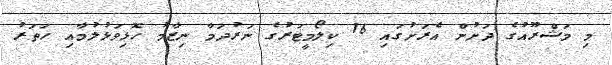
މި މަޝްރޫއުގެ ދަށުން އެރަށުގައި 16 ކިލޯމީޓަރުގެ ނަރުދަމާ ނިޒާމު ހޮޅިވަޅުލުމާއި ހަތަރު